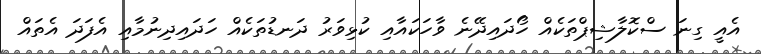
އެއީ ގިނަ ސްކޮލާޝިޕްތަކެއް ހޯދައިދޭނެ ވާހަކައާއި ކުޅިވަރު ދަނޑުތަކެއް ހަދައިދިނުމާއި އެފަދަ އެތައް